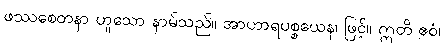
ဖဿစေတနာ ဟူသော နာမ်သည်။ အာဟာရပစ္စယေန၊ ဖြင့်။ ဣတိ ဧဝံ၊